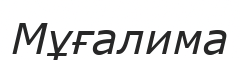
Мұғалима